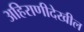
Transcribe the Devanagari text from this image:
अहिराणीदेखील